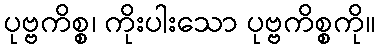
ပုဗ္ဗကိစ္စ၊ ကိုးပါးသော ပုဗ္ဗကိစ္စကို။